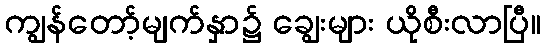
ကျွန်တော့်မျက်နှာ၌ ချွေးများ ယိုစီးလာပြီ။